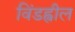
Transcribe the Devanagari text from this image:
विंडह्वील